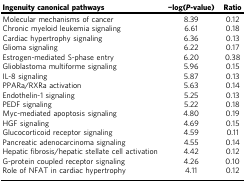
<table><thead><tr><td><b>Ingenuity canonical pathways</b></td><td><b>−log(<i>P</i>-value)</b></td><td><b>Ratio</b></td></tr></thead><tbody><tr><td>Molecular mechanisms of cancer</td><td>8.39</td><td>0.12</td></tr><tr><td>Chronic myeloid leukemia signaling</td><td>6.61</td><td>0.18</td></tr><tr><td>Cardiac hypertrophy signaling</td><td>6.36</td><td>0.13</td></tr><tr><td>Glioma signaling</td><td>6.22</td><td>0.17</td></tr><tr><td>Estrogen-mediated S-phase entry</td><td>6.20</td><td>0.38</td></tr><tr><td>Glioblastoma multiforme signaling</td><td>5.96</td><td>0.15</td></tr><tr><td>IL-8 signaling</td><td>5.87</td><td>0.13</td></tr><tr><td>PPARa/RXRa activation</td><td>5.63</td><td>0.14</td></tr><tr><td>Endothelin-1 signaling</td><td>5.25</td><td>0.13</td></tr><tr><td>PEDF signaling</td><td>5.22</td><td>0.18</td></tr><tr><td>Myc-mediated apoptosis signaling</td><td>4.80</td><td>0.19</td></tr><tr><td>HGF signaling</td><td>4.69</td><td>0.15</td></tr><tr><td>Glucocorticoid receptor signaling</td><td>4.59</td><td>0.11</td></tr><tr><td>Pancreatic adenocarcinoma signaling</td><td>4.55</td><td>0.14</td></tr><tr><td>Hepatic fibrosis/hepatic stellate cell activation</td><td>4.42</td><td>0.12</td></tr><tr><td>G-protein coupled receptor signaling</td><td>4.26</td><td>0.10</td></tr><tr><td>Role of NFAT in cardiac hypertrophy</td><td>4.11</td><td>0.12</td></tr></tbody></table>